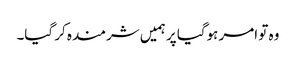
وہ تو امر ہوگیا پر ہمیں شرمندہ کر گیا۔